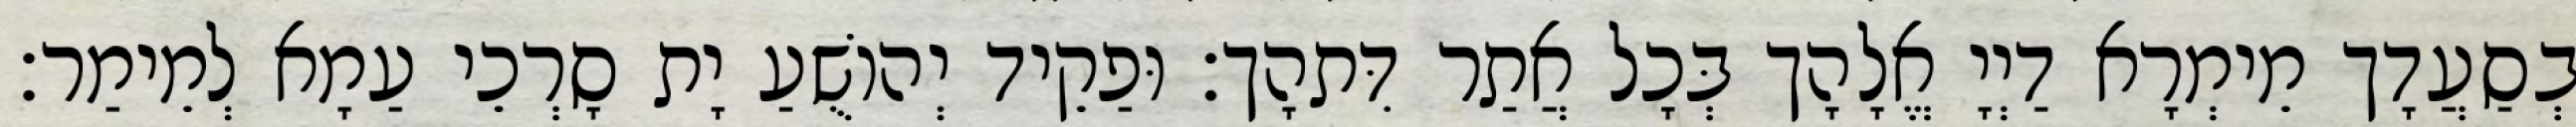
בְסַעֲדָך מֵימְרָא דַיְיָ אֱלָהָך בְּכָל אֲתַר דִּתהָך׃ וּפַקֵיד יְהוֹשֻׁעַ יָת סָרְכֵי עַמָא לְמֵימַר׃